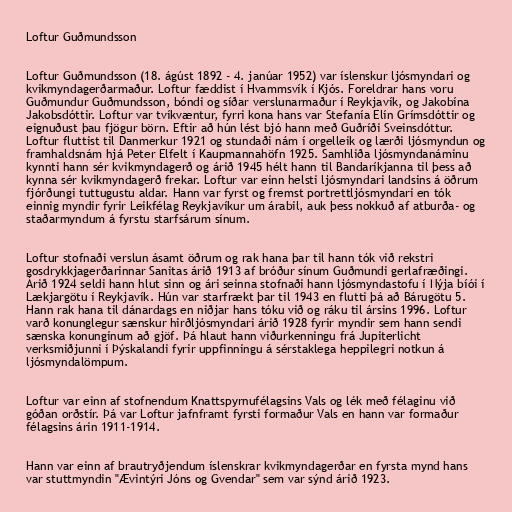
Loftur Guðmundsson

Loftur Guðmundsson (18. ágúst 1892 - 4. janúar 1952) var íslenskur ljósmyndari og
kvikmyndagerðarmaður. Loftur fæddist í Hvammsvík í Kjós. Foreldrar hans voru
Guðmundur Guðmundsson, bóndi og síðar verslunarmaður í Reykjavík, og Jakobína
Jakobsdóttir. Loftur var tvíkvæntur, fyrri kona hans var Stefanía Elín Grímsdóttir og
eignuðust þau fjögur börn. Eftir að hún lést bjó hann með Guðríði Sveinsdóttur.
Loftur fluttist til Danmerkur 1921 og stundaði nám í orgelleik og lærði ljósmyndun og
framhaldsnám hjá Peter Elfelt í Kaupmannahöfn 1925. Samhliða ljósmyndanáminu
kynnti hann sér kvikmyndagerð og árið 1945 hélt hann til Bandaríkjanna til þess að
kynna sér kvikmyndagerð frekar. Loftur var einn helsti ljósmyndari landsins á öðrum
fjórðungi tuttugustu aldar. Hann var fyrst og fremst portrettljósmyndari en tók
einnig myndir fyrir Leikfélag Reykjavíkur um árabil, auk þess nokkuð af atburða- og
staðarmyndum á fyrstu starfsárum sínum.

Loftur stofnaði verslun ásamt öðrum og rak hana þar til hann tók við rekstri
gosdrykkjagerðarinnar Sanitas árið 1913 af bróður sínum Guðmundi gerlafræðingi.
Árið 1924 seldi hann hlut sinn og ári seinna stofnaði hann ljósmyndastofu í Nýja bíói í
Lækjargötu í Reykjavík. Hún var starfrækt þar til 1943 en flutti þá að Bárugötu 5.
Hann rak hana til dánardags en niðjar hans tóku við og ráku til ársins 1996. Loftur
varð konunglegur sænskur hirðljósmyndari árið 1928 fyrir myndir sem hann sendi
sænska konunginum að gjöf. Þá hlaut hann viðurkenningu frá Jupiterlicht
verksmiðjunni í Þýskalandi fyrir uppfinningu á sérstaklega heppilegri notkun á
ljósmyndalömpum.

Loftur var einn af stofnendum Knattspyrnufélagsins Vals og lék með félaginu við
góðan orðstír. Þá var Loftur jafnframt fyrsti formaður Vals en hann var formaður
félagsins árin 1911-1914.

Hann var einn af brautryðjendum íslenskrar kvikmyndagerðar en fyrsta mynd hans
var stuttmyndin "Ævintýri Jóns og Gvendar" sem var sýnd árið 1923.